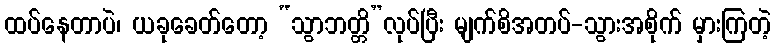
ထပ်နေတာပဲ၊ ယခုခေတ်တော့ “သွာဘတ္တိ”လုပ်ပြီး မျက်စိအတပ်-သွားအစိုက် မှားကြတဲ့